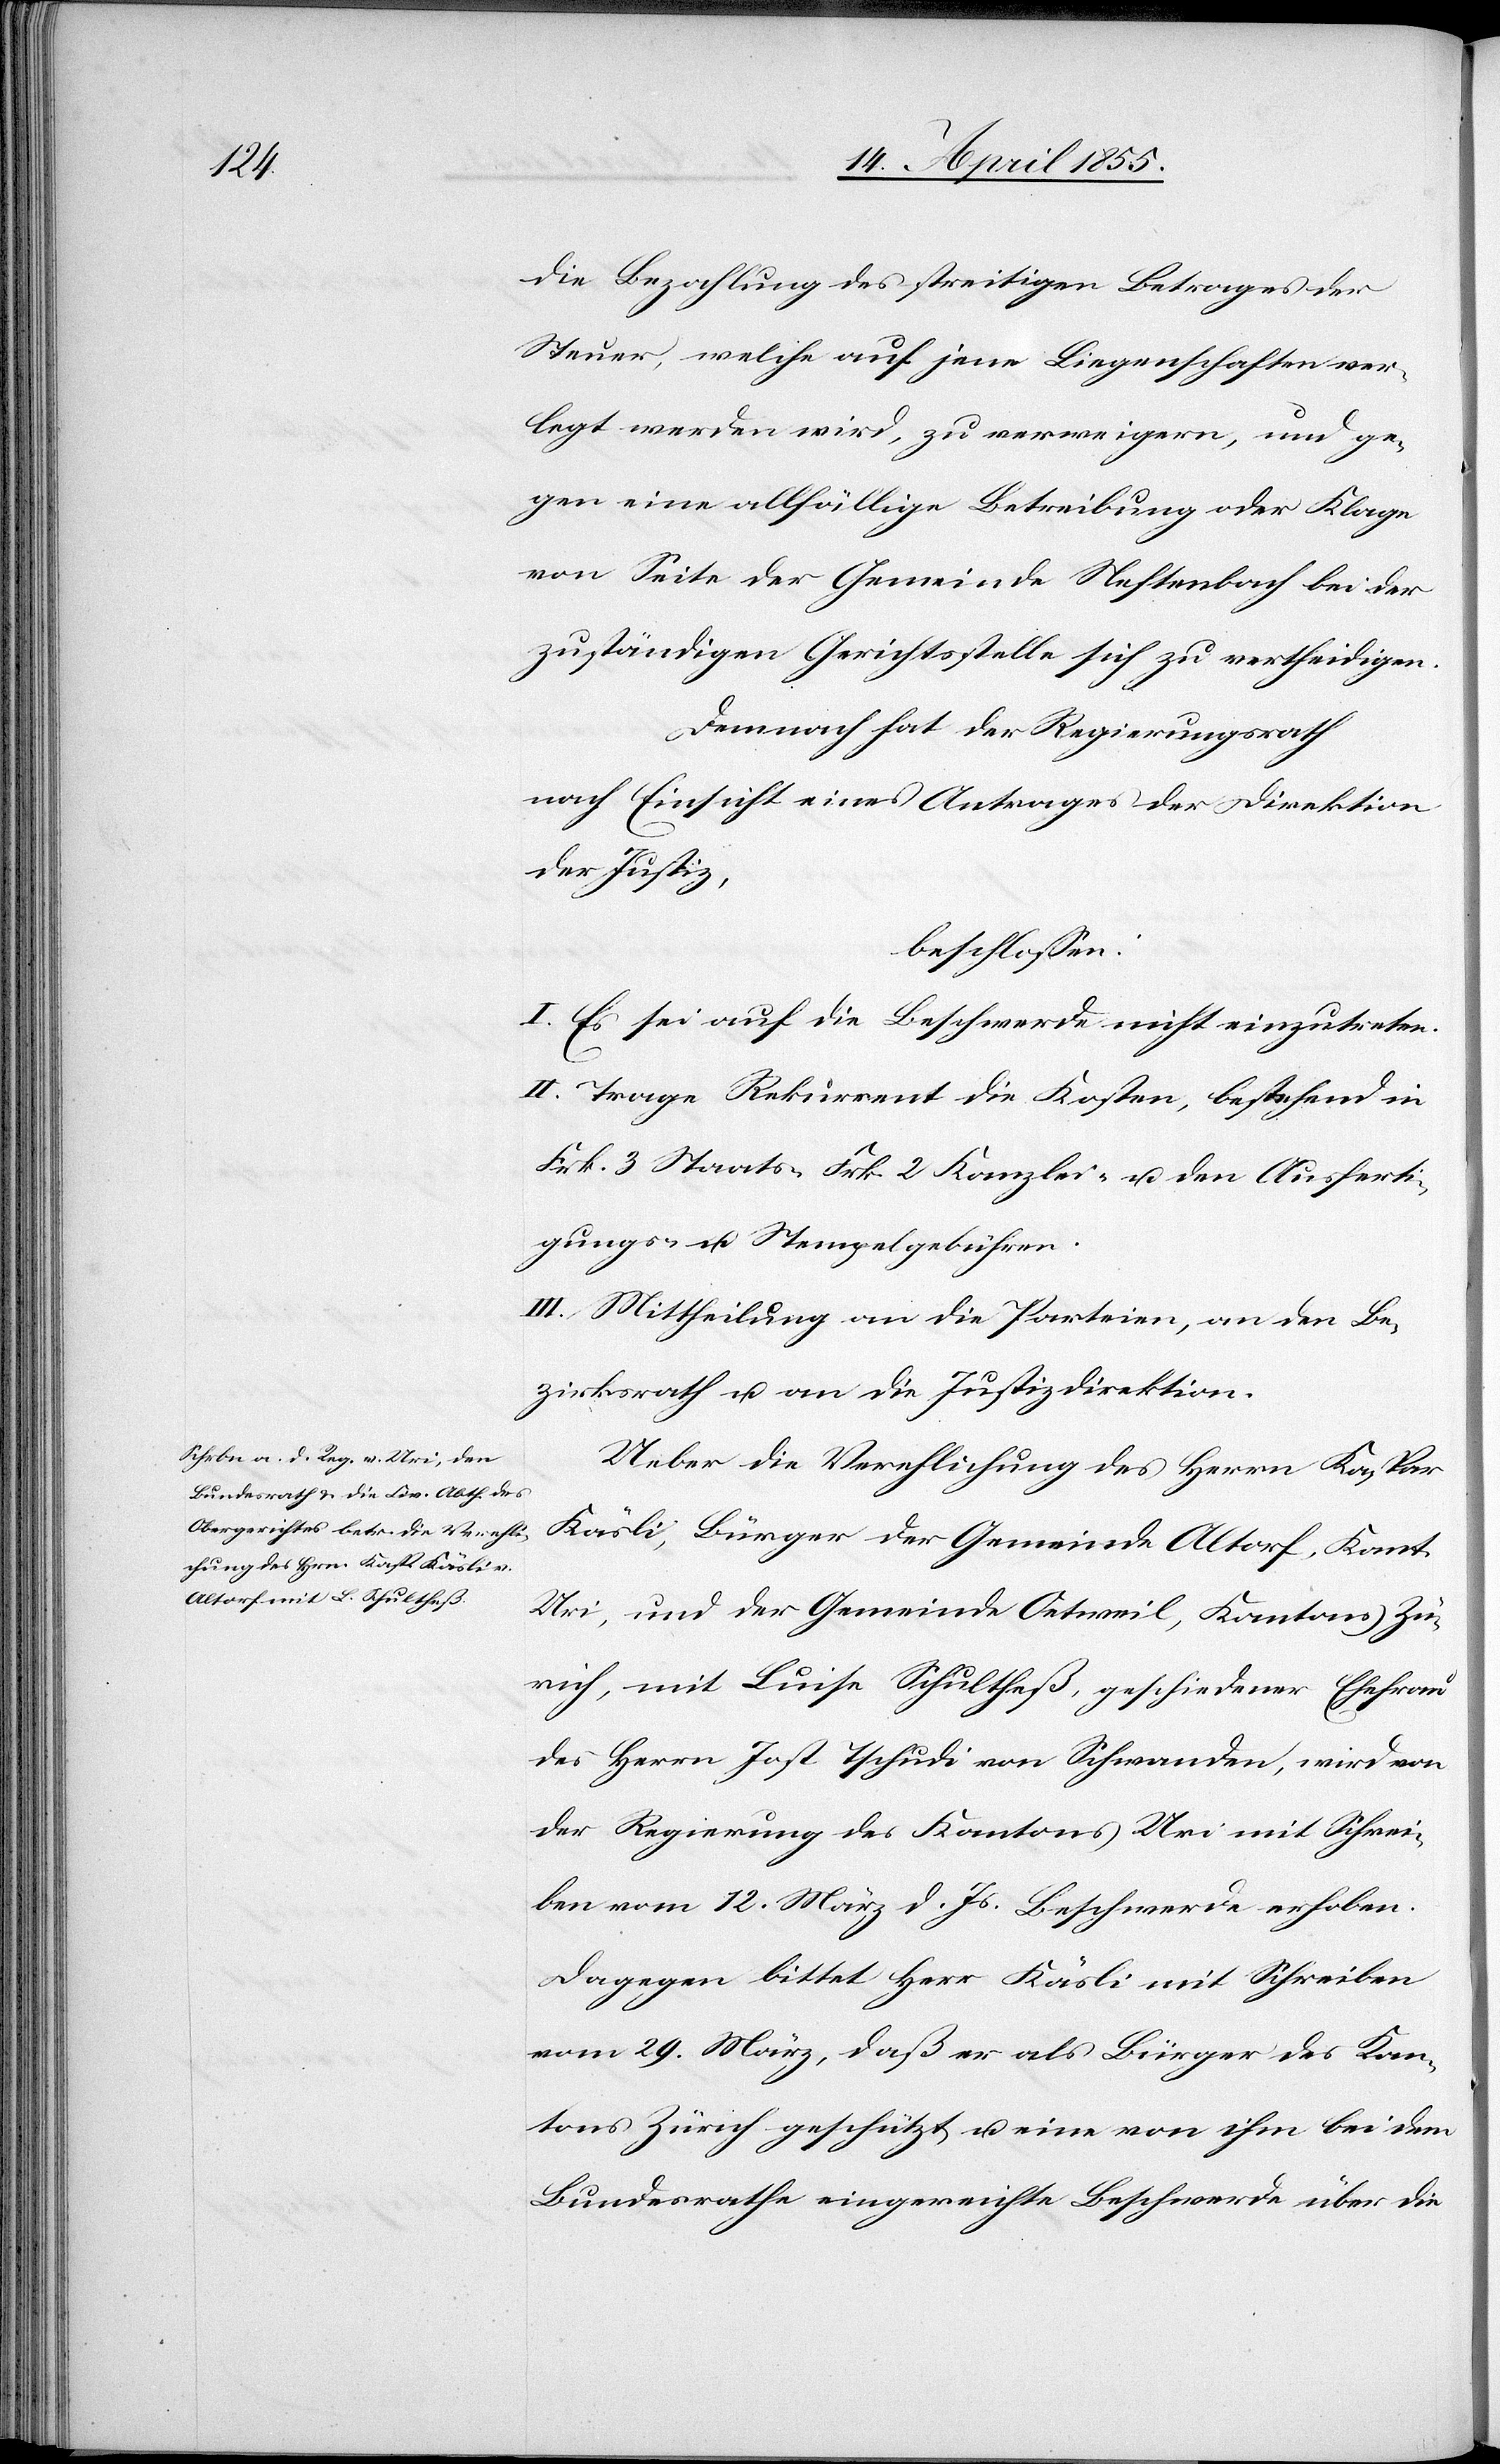
die Bezahlung des streitigen Betrages der
Steuer, welche auf jene Liegenschaften ver¬
legt werden wird, zu verweigern, und ge¬
gen eine allfällige Betreibung oder Klage
von Seite der Gemeinde Neftenbach bei der
zuständigen Gerichtsstelle sich zu vertheidigen.
Demnach hat der Regierungsrath
nach Einsicht eines Antrages der Direktion
der Justiz,
beschlossen:
I. Es sei auf die Beschwerde nicht einzutreten.
II. Trage Rekurrent die Kosten, bestehend in
Frk. 3 Staats-[,] Frk. 2 Kanzlei- u. den Ausferti¬
gungs- u. Stempelgebühren.
III. Mittheilung an die Parteien, an den Be¬
zirksrath u. an die Justizdirektion.
Ueber die Verehlichung des Herrn Kaspar
Käsli, Bürger der Gemeinde Altorf, Kant.
Uri, mit Luise Schultheß, geschiedener Ehefrau
des Herrn Jost Tschudi von Schwanden, wird von
der Regierung des Kantons Uri mit Schrei¬
ben vom 12. März d. Js. Beschwerde erhoben.
Dagegen bittet Herr Käsli mit Schreiben
vom 29. März, daß er als Bürger des Kan¬
tons Zürich geschützt u. eine von ihm bei dem
Bundesrathe eingereichte Beschwerde über die